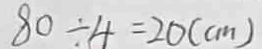
8 0 \div 4 = 2 0 ( c m )